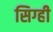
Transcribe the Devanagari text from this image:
सिग्ही